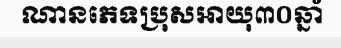
ណានភេទប្រុសអាយុ៣០ឆ្នាំ